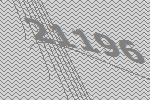
21196